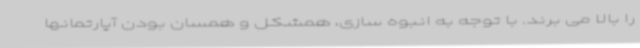
را بالا می برند. با توجه به انبوه سازی، همشکل و همسان بودن آپارتمانها